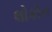
લોકોન